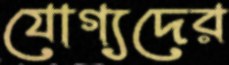
যোগ্যদের